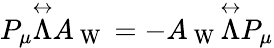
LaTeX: P_{\mu}\overset\leftrightarrow{\Lambda}A_{\mathrm{~W~}}=-A_{\mathrm{~W~}}\overset\leftrightarrow{\Lambda}P_{\mu}